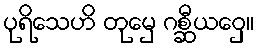
ပုရိသေဟိ တုမှေ ဂစ္ဆီယဝှေ။